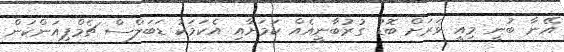
އޭނާ ބުނީ މިއީ ވަރަށް ބޮޑު ގުރުބާނީއެއް ކަމަށާއި އެކަމަކު ޑަބަލްސް ޗެމްޕިއަންކަން